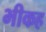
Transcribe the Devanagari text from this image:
भीकह